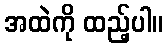
အထဲကို ထည့်ပါ။